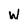
Character: W